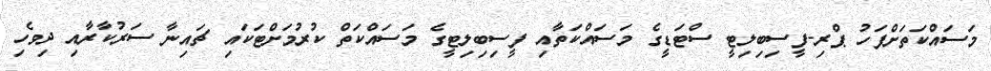
މަސައްކަތަށްފަހު ޕްރި-ފީސިބިލިޓީ ސްޓަޑީގެ މަސައްކަތާއި ފީސިބިލިޓީގެ މަސައްކަތް ކުރުމަށްޓަކައި ޗައިނާ ސަރުކާރާއި ދިވެހި